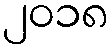
၂၀၁၈